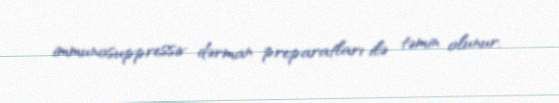
immunosuppressiv dərman preparatları ilə təmin olunur.